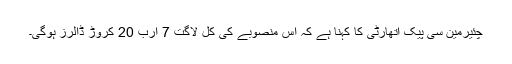
چئیرمین سی پیک اتھارٹی کا کہنا ہے کہ اس منصوبے کی کل لاگت 7 ارب 20 کروڑ ڈالرز ہوگی۔